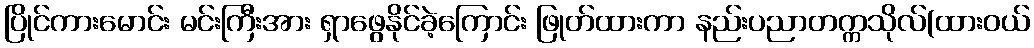
ပြိုင်ကားမောင်း မင်းကြီးအား ရှာဖွေနိုင်ခဲ့ကြောင်း ဖြုတ်ထားကာ နည်းပညာတက္ကသိုလ်(ထားဝယ်